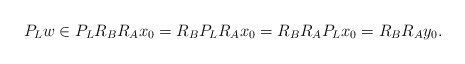
\begin{align*}P_Lw\in P_L R_B R_Ax_0=R_B P_L R_Ax_0= R_B R_A P_L x_0=R_BR_A y_0.\end{align*}